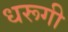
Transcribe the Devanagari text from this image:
धरूगी